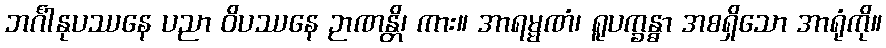
ဘင်္ဂါနုပဿနေ ပညာ ဝိပဿနေ ဉာဏန္တိ၊ ကား။ အာရမ္မဏံ၊ ရူပက္ခန္ဓာ အစရှိသော အာရုံကို။